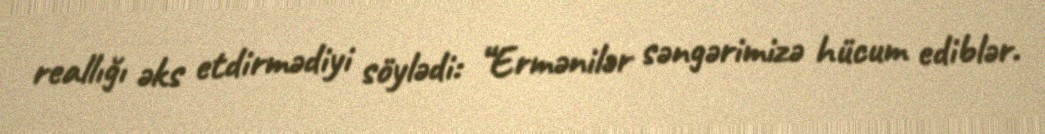
reallığı əks etdirmədiyi söylədi: “Ermənilər səngərimizə hücum ediblər.